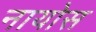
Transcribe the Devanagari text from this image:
नायोस